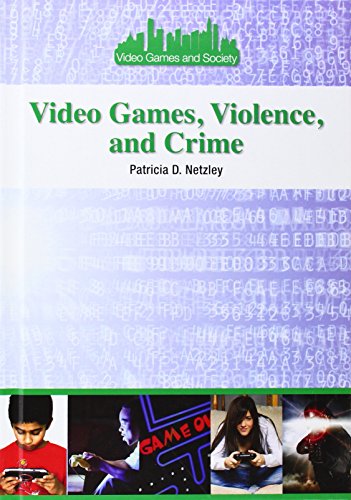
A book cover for Video Games, Violence, and Crime (Video Games and Society); Patricia D. Netzley; Teen & Young Adult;